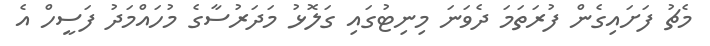
މެޗު ފަށައިގެން ފުރަތަމަ ދެވަނަ މިނިޓުގައި ގަލޮޅު މަދަރުސާގެ މުހައްމަދު ފަސީހް އެ